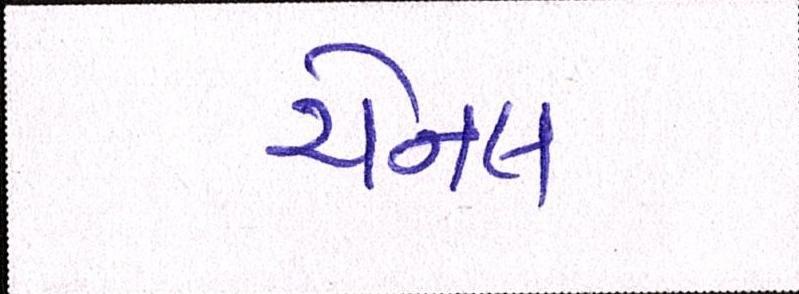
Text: ચેનલ